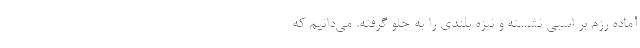
آماده رزم بر اسبی نشسته و نیزه بلندی را به جلو گرفته. می‌دانیم که